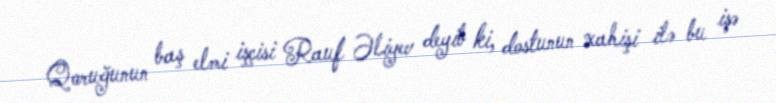
Qoruğunun baş elmi işçisi Rauf Əliyev deyib ki, dostunun xahişi ilə bu işə